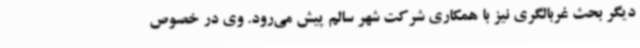
دیگر بحث غربالگری نیز با همکاری شرکت شهر سالم پیش می‌رود. وی در خصوص